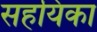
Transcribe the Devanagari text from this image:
सहयिका